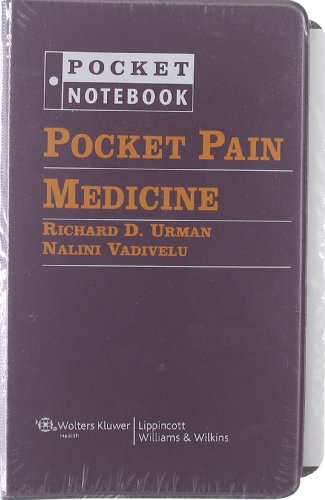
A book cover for Pocket Pain Medicine (Pocket Notebook Series); Richard D. Urman MD; Medical Books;